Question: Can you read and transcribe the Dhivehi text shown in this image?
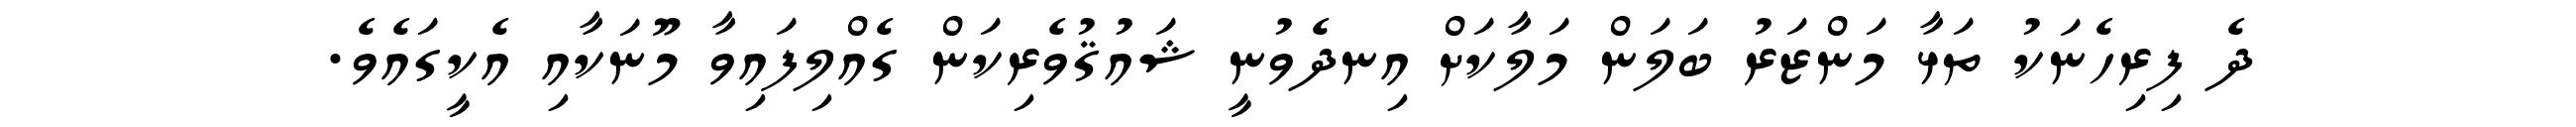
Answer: ދެ ފިރިހެނަކު ތަޅާ މަންޒަރު ބަލަން މަލާކަށް އިނދެވުނީ ޝައުޤުވެރިކަން ގެއްލިފައިވާ މޫނަކާއި އެކީގައެވެ.